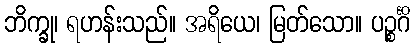
ဘိက္ခု၊ ရဟန်းသည်။ အရိယေ၊ မြတ်သော။ ပဉ္စင်္ဂိ